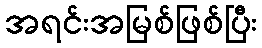
အရင်းအမြစ်ဖြစ်ပြီး